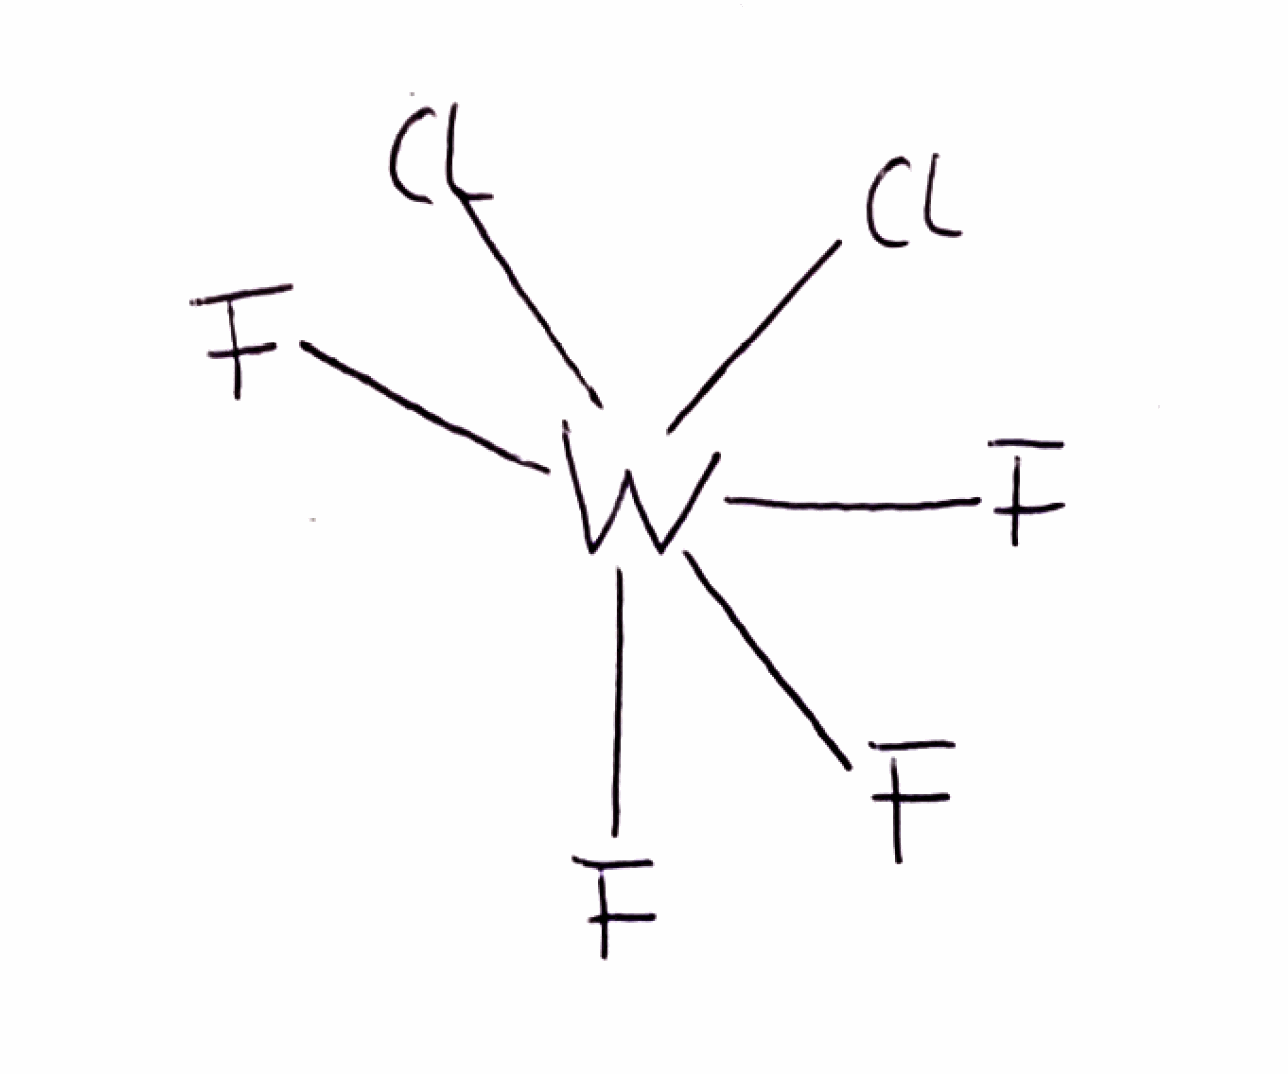
Simplified molecular-input line-entry system (SMILES) notation of the given molecule:
F[W](F)(F)(F)(Cl)Cl